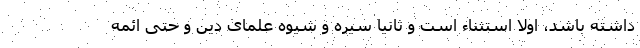
داشته باشد، اولا استثناء است و ثانیا سیره و شیوه علمای دین و حتی ائمه